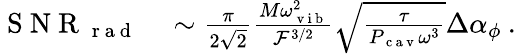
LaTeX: \begin{array}{rl}{\mathrm{~S~N~R~}_{\mathrm{~r~a~d~}}}&{{}\sim\frac{\pi}{2\sqrt{2}}\frac{M\omega_{\mathrm{~v~i~b~}}^{2}}{\mathcal{F}^{3/2}}\sqrt{\frac{\tau}{P_{\mathrm{~c~a~v~}}\omega^{3}}}\Delta\alpha_{\phi}\: .}\end{array}